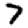
Digit: 7